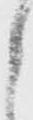
候